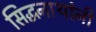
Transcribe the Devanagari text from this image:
सिद्धनाथांनी